Report of an investigation into the causes of the diseases known in Assam as Kála-Azár and Beri-Beri
Disease focus: Beri-Beri
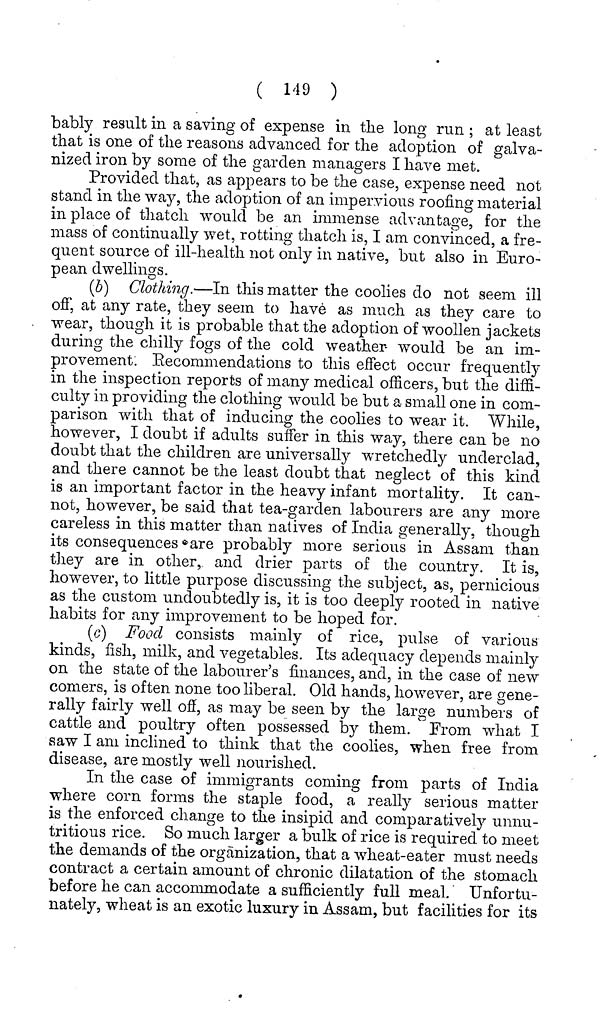
( 149 )
bably result in a saving of expense in the long run ; at least
that is one of the reasons advanced for the adoption of galva-
nized iron by some of the garden managers I have met.
Provided that, as appears to be the case, expense need not
stand in the way, the adoption of an impervious roofing material
in place of thatch would be an immense advantage, for the
mass of continually wet, rotting thatch is, I am convinced, a fre-
quent source of ill-health not only in native, but also in Euro-
pean dwellings.
(&) Clothing.—In this matter the coolies do not seem ill
off', at any rate, they seem to have as much as they care to
wear, though it is probable that the adoption of woollen jackets
during the chilly fogs of the cold weather- would be an im-
provement. Recommendations to this effect occur frequently
in the inspection reports of many medical officers, but the diffi-
culty in providing the clothing would be but a small one in com-
parison with that of inducing the coolies to wear it. While,
however, I doubt if adults suffer in this way, there can be no
doubt that the children are universally wretchedly underclad,
and there cannot be the least doubt that neglect of this kind
is an important factor in the heavy infant mortality. It can-
not, however, be said that tea-garden labourers are any more
careless in this matter than natives of India generally, though
its consequences are probably more serious in Assam than
they are in other, and drier parts of the country. It is,
however, to little purpose discussing the subject, as, pernicious
as the custom undoubtedly is, it is too deeply rooted in native
habits for any improvement to be hoped for.
(c) Food consists mainly of rice, pulse of various
kinds, fish, milk, and vegetables. Its adequacy depends mainly
on the state of the labourer's finances, and, in the case of new
comers, is often none too liberal. Old hands, however, are gene-
rally fairly well off, as may be seen by the large numbers of
cattle and poultry often possessed by them. From what I
saw I am inclined to think that the coolies, when free from
disease, are mostly well nourished.
In the case of immigrants coming from parts of India
where corn forms the staple food, a really serious matter
is the enforced change to the insipid and comparatively unnu-
tritious rice. So much larger a bulk of rice is required to meet
the demands of the organization, that a wheat-eater must needs
contract a certain amount of chronic dilatation of the stomach
before he can accommodate a sufficiently full meal. Unfortu-
nately, wheat is an exotic luxury in Assam, but facilities for its